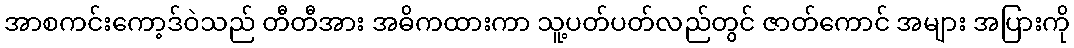
အာစကင်းကော့ဒ်ဝဲသည် တီတီအား အဓိကထားကာ သူ့ပတ်ပတ်လည်တွင် ဇာတ်ကောင် အများ အပြားကို